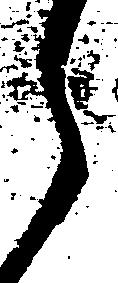
之